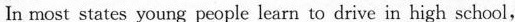
In most states young people learn to drive in high school,